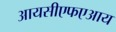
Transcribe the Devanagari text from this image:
आयसीएफएआय